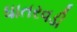
ધાતરવડી